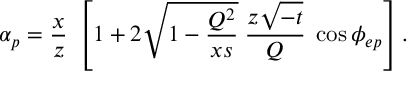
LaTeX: \alpha _ { p } = { \frac { x } { z } } \; \left[ 1 + 2 \sqrt { 1 - \frac { Q ^ { 2 } } { x s } } \; \frac { z \sqrt { - t } } { Q } \; \cos \phi _ { e p } \right] .